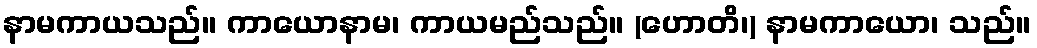
နာမကာယသည်။ ကာယောနာမ၊ ကာယမည်သည်။ (ဟောတိ၊) နာမကာယော၊ သည်။